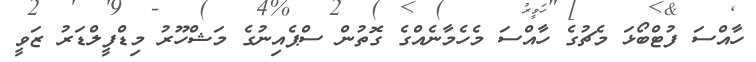
ހާއްސަ ފުޓްބޯޅަ މެޗުގެ ހާއްސަ މެހެމާނެއްގެ ގޮތުން ސްޕެއިނުގެ މަޝްހޫރު މިޑްފީލްޑަރު ޒަވީ